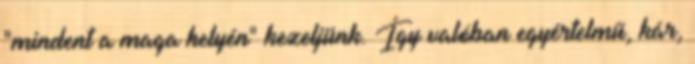
"mindent a maga helyén" kezeljünk. Így valóban egyértelmű, kár,